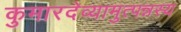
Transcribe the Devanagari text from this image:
कुमारदेव्यामुत्पन्नस्य